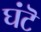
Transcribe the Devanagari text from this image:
घंटॆ